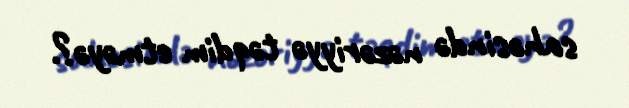
sahəsində nəzəriyyə təqdim etməyə?.